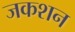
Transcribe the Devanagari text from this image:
जकशन